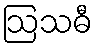
ဩသဓီ